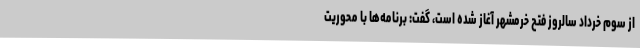
از سوم خرداد سالروز فتح خرمشهر آغاز شده است، گفت: برنامه‌ها با محوریت